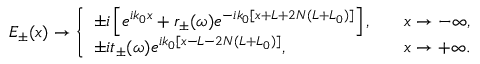
E _ { \pm } ( x ) \rightarrow \left\{ \begin{array} { l l } { \pm i \left[ e ^ { i k _ { 0 } x } + r _ { \pm } ( \omega ) e ^ { - i k _ { 0 } [ x + L + 2 N ( L + L _ { 0 } ) ] } \right] , } & { \quad x \rightarrow - \infty , } \\ { \pm i t _ { \pm } ( \omega ) e ^ { i k _ { 0 } [ x - L - 2 N ( L + L _ { 0 } ) ] } , } & { \quad x \rightarrow + \infty . } \end{array} \right.